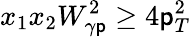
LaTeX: x_{1}x_{2}W_{\gamma\mathsf{p}}^{2}\ge4\mathsf{p}_{T}^{2}